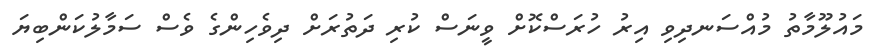
މައުލޫމާތު މުއްސަނދިވި އިރު ހުރަސްކޮށް ވީނަސް ކުރި ދަތުރަށް ދިވެހިންގެ ވެސް ސަމާލުކަންބިޔަ